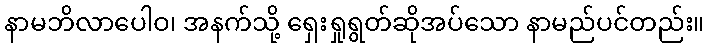
နာမဘိလာပေါဝ၊ အနက်သို့ ရှေးရှုရွတ်ဆိုအပ်သော နာမည်ပင်တည်း။